Annual administration report of the Bombay Presidency - 1887-1892
Year: 1887
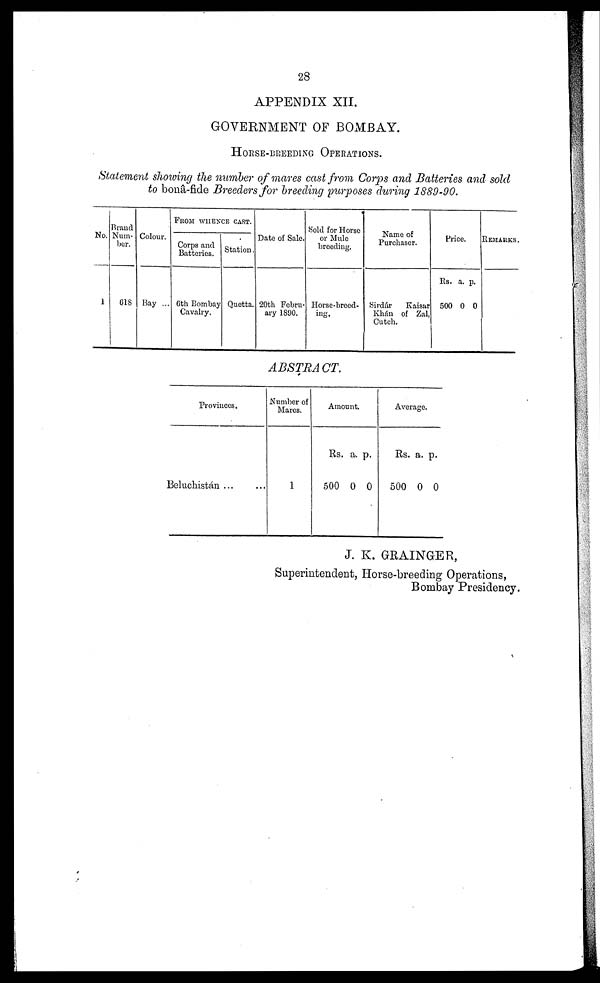
28
APPENDIX XII.
GOVERNMENT OF BOMBAY.
HORSE-BREEDING OPERATIONS.
Statement showing the number of mares cast from Corps and Batteries and sold
to bonâ-fide Breeders for breeding purposes during 1889-90.
No.
1
Brand
Num-
ber.
618
Colour.
Bay ...
FROM WHENCE CAST.
Corps and
Batteries.
6th Bombay
Cavalry.
Station.
Quetta.
Date of Sale.
20th Febru-
ary 1890.
Sold for Horse
or Mule
breeding.
Horse-breed-
ing.
Name of
Purchaser.
Sirdár
Kaisar
Khán of Zal,
Cutch.
Price.
Rs.
500
a.
0
p.
0
REMARKS.
ABSTRACT.
Provinces.
Beluchistán ... ...
Number of
Mares.
1
Amount.
Rs.
500
a.
0
p.
0
Average.
Rs.
500
a.
0
p.
0
J. K. GRAINGER,
Superintendent, Horse-breeding Operations,
Bombay Presidency.